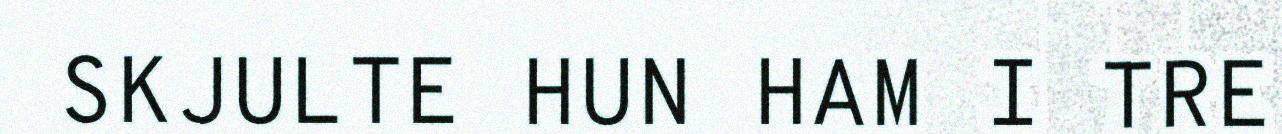
SKJULTE HUN HAM I TRE